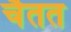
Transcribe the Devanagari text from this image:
चैतत